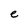
Character: e